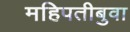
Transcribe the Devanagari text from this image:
महिपतीबुवा